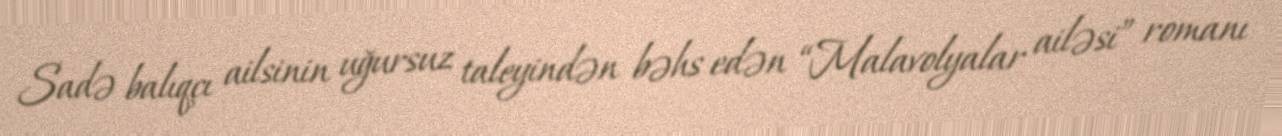
Sadə balıqçı ailsinin uğursuz taleyindən bəhs edən “Malavolyalar ailəsi” romanı